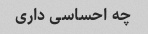
چه احساسی داری